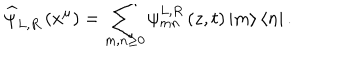
LaTeX: \widehat { \psi } _ { L , R } \left( x ^ { \mu } \right) = \sum _ { m , n \geq 0 } \psi _ { m n } ^ { L , R } \left( z , t \right) \left| m \right\rangle \left\langle n \right| .